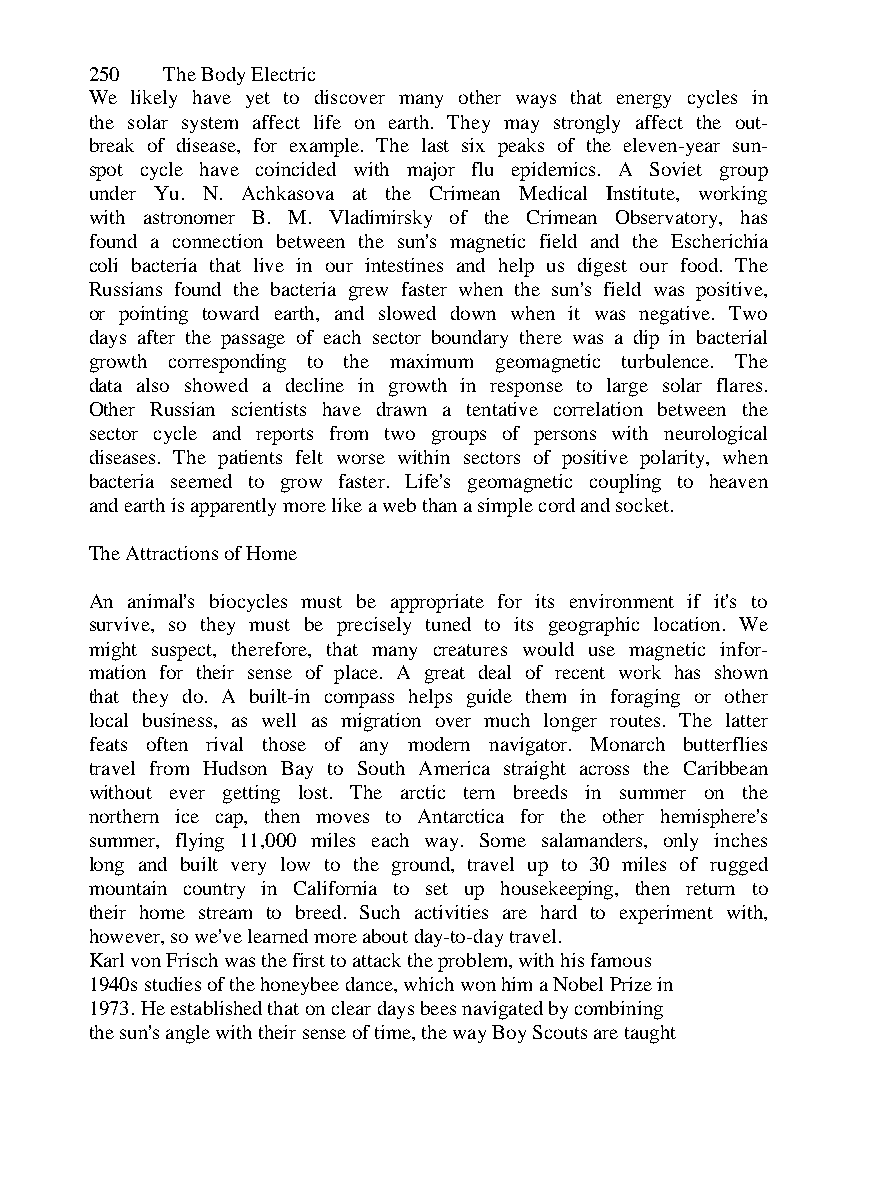
250  The Body Electric
 We likely have yet to discover many other ways that energy cycles in
 the solar system affect life on earth. They may strongly affect the out-
 break of disease, for example. The last six peaks of the eleven-year sun-
 spot cycle have coincided with major flu epidemics. A Soviet group
 under Yu. N. Achkasova at the Crimean Medical Institute, working
 with astronomer B. M. Vladimirsky of the Crimean Observatory, has
 found a connection between the sun's magnetic field and the Escherichia
 coli bacteria that live in our intestines and help us digest our food. The
 Russians found the bacteria grew faster when the sun's field was positive,
 or pointing toward earth, and slowed down when it was negative. Two
 days after the passage of each sector boundary there was a dip in bacterial
 growth corresponding to the maximum geomagnetic turbulence. The
 data also showed a decline in growth in response to large solar flares.
 Other Russian scientists have drawn a tentative correlation between the
 sector cycle and reports from two groups of persons with neurological
 diseases. The patients felt worse within sectors of positive polarity, when
 bacteria seemed to grow faster. Life's geomagnetic coupling to heaven
 and earth is apparently more like a web than a simple cord and socket.
 The Attractions of Home
 An animal's biocycles must be appropriate for its environment if it's to
 survive, so they must be precisely tuned to its geographic location. We
 might suspect, therefore, that many creatures would use magnetic infor-
 mation for their sense of place. A great deal of recent work has shown
 that they do. A built-in compass helps guide them in foraging or other
 local business, as well as migration over much longer routes. The latter
 feats often rival those of any modern navigator. Monarch butterflies
 travel from Hudson Bay to South America straight across the Caribbean
 without ever getting lost. The arctic tern breeds in summer on the
 northern ice cap, then moves to Antarctica for the other hemisphere's
 summer, flying 11,000 miles each way. Some salamanders, only inches
 long and built very low to the ground, travel up to 30 miles of rugged
 mountain country in California to set up housekeeping, then return to
 their home stream to breed. Such activities are hard to experiment with,
 however, so we've learned more about day-to-day travel.
 Karl von Frisch was the first to attack the problem, with his famous
 1940s studies of the honeybee dance, which won him a Nobel Prize in
 1973. He established that on clear days bees navigated by combining
 the sun's angle with their sense of time, the way Boy Scouts are taught